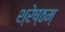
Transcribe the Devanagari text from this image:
श्रेष्ठम्